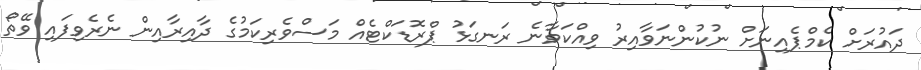
ދައުރަށް ކެމްޕެއިނަށް ނުކުންނަވާއިރު ވިއްކަވާނެ ރަނގަޅު ޕްރޮޑަކްޓެއް މަސްވެރިކަމުގެ ދާއިރާއިން ނެރެވިފައި ވޭތޯ